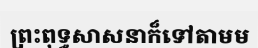
ព្រះពុទ្ធសាសនាក៏ទៅតាមម